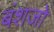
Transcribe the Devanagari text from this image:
बंशजों